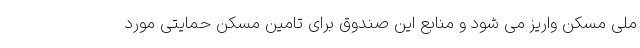
ملی مسکن واریز می شود و منابع این صندوق برای تامین مسکن حمایتی مورد